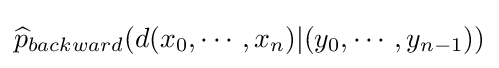
{\widehat {p}}_{backward}(d(x_{0},\cdots ,x_{n})|(y_{0},\cdots ,y_{n-1}))